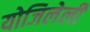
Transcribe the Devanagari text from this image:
योजिलेली